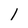
Character: 1